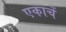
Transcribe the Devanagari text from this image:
एकाचें